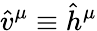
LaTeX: \hat{v}^{\mu}\equiv\hat{h}^{\mu}